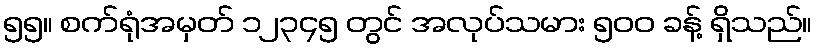
၅၅။ စက်ရုံအမှတ် ၁၂၃၄၅ တွင် အလုပ်သမား ၅၀၀ ခန့် ရှိသည်။